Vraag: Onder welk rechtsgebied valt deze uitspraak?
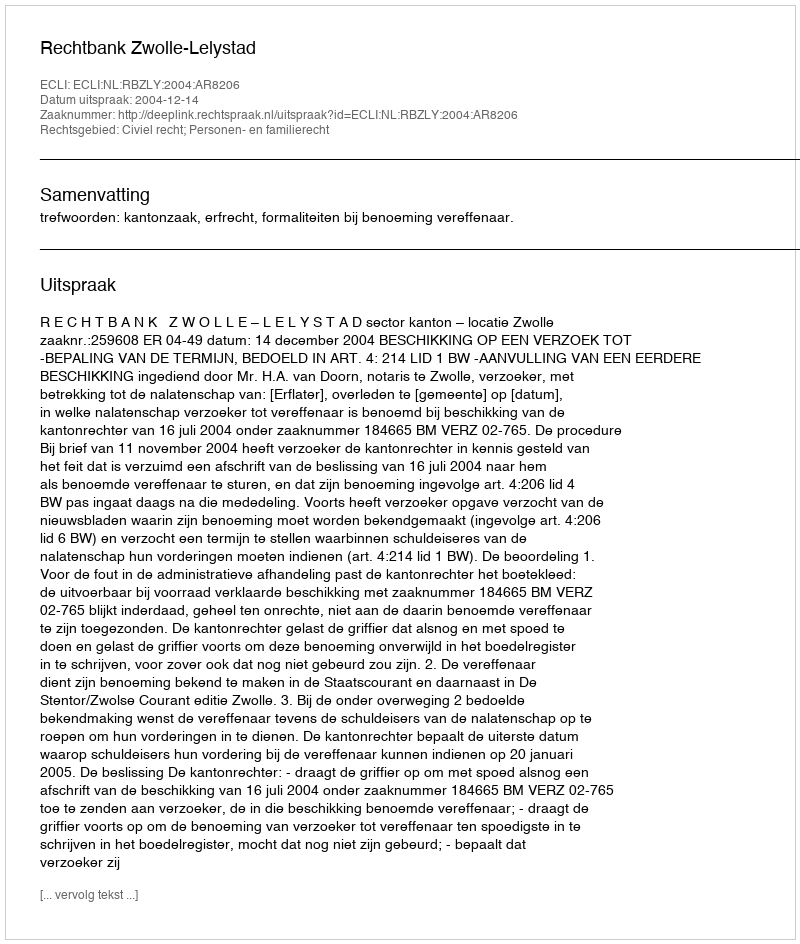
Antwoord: Civiel recht; Personen- en familierecht